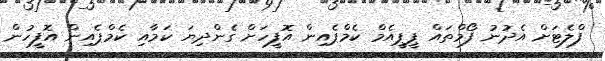
ފްލެޓަށް އެދުނު ފޯމްތައް ޕީޕީއެމް ކެމްޕެއިން އޮފީހަށް ގެންދިޔަ ކަމާއި ކެމްޕެއިން އޮފީހުން